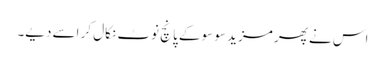
اس نے پھر مزید سو سو کے پانچ نوٹ نکال کر اسے دیے۔